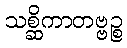
သစ္ဆိကာတဗ္ဗဉ္စ